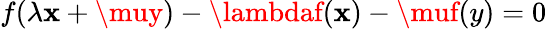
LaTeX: f(\lambda\mathbf{x}+\muy)-\lambdaf(\mathbf{x})-\muf(y)=0